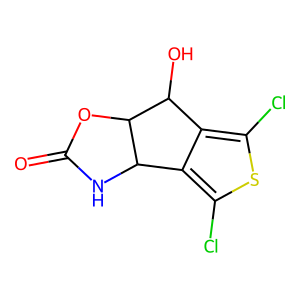
SMILES: O=C1NC2c3c(Cl)sc(Cl)c3C(O)C2O1
Inhibits HIV replication: No